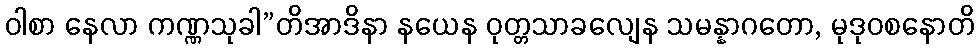
ဝါစာ နေလာ ကဏ္ဏသုခါ”တိအာဒိနာ နယေန ဝုတ္တသာခလျေန သမန္နာဂတော, မုဒုဝစနောတိ